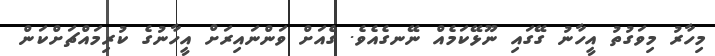
މިހާރު މިވަގުތު އީހާނު ގޭގައި ނޫޅޭކަމެއް ނޭނގެއެވެ. ގެއަށް ވަންނައިރަށް އީހާނުގެ ކުރިމައްޗަށްކަން